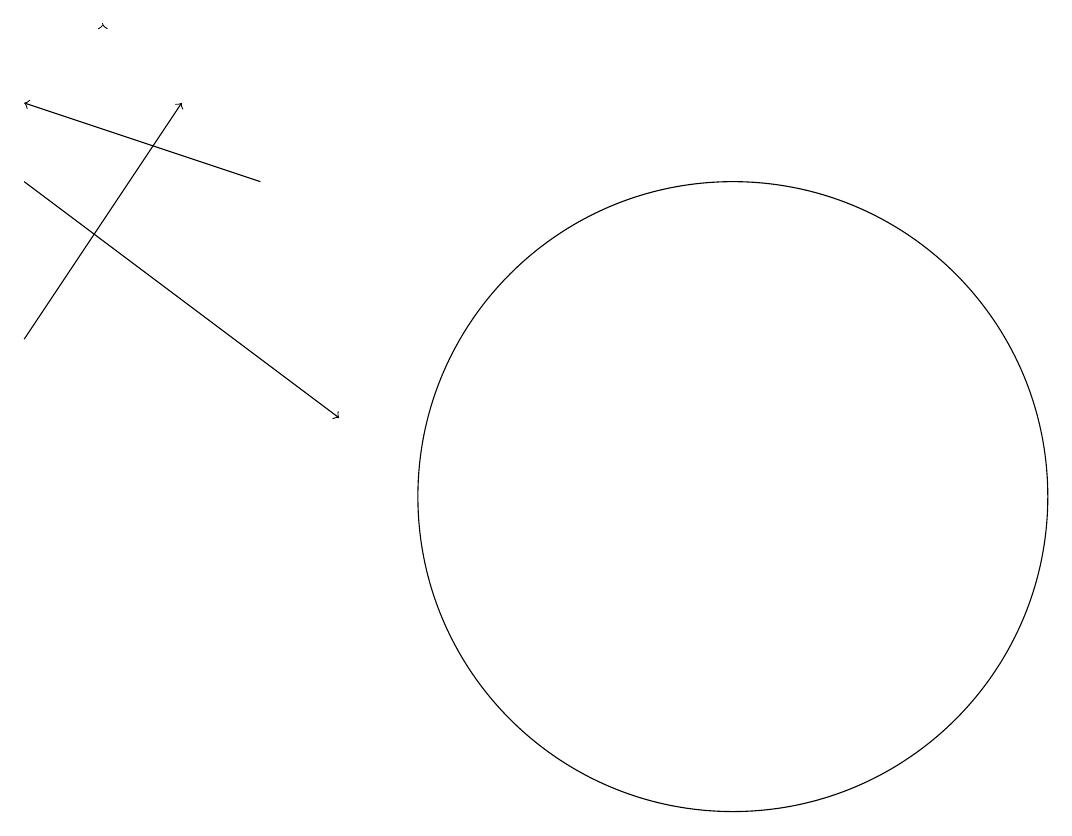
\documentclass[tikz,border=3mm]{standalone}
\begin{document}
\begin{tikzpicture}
\draw[->] (3,12) -- (5,15);
\draw[->] (6,14) -- (3,15);
\draw (12,10) circle (4);
\draw[->] (3,14) -- (7,11);
\draw[->] (4,16) -- (4,16);
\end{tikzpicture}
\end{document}